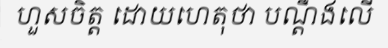
ហួសចិត្ត ដោយហេតុថា បណ្តឹងលើ